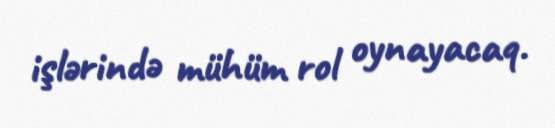
işlərində mühüm rol oynayacaq.